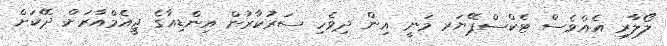
ލޯލާރި އެއްވެސް ޓެކްސްޕޭޔަރ މަނީ އިން ދިވެހި ސަރުކާރުން އިންޑިއާގެ ޖީއެމްއާރަށް ދޭކަށް